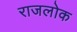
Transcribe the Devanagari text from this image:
राजलोक